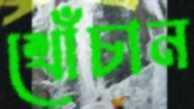
খোঁচান